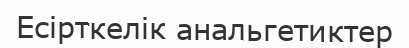
Есірткелік анальгетиктер